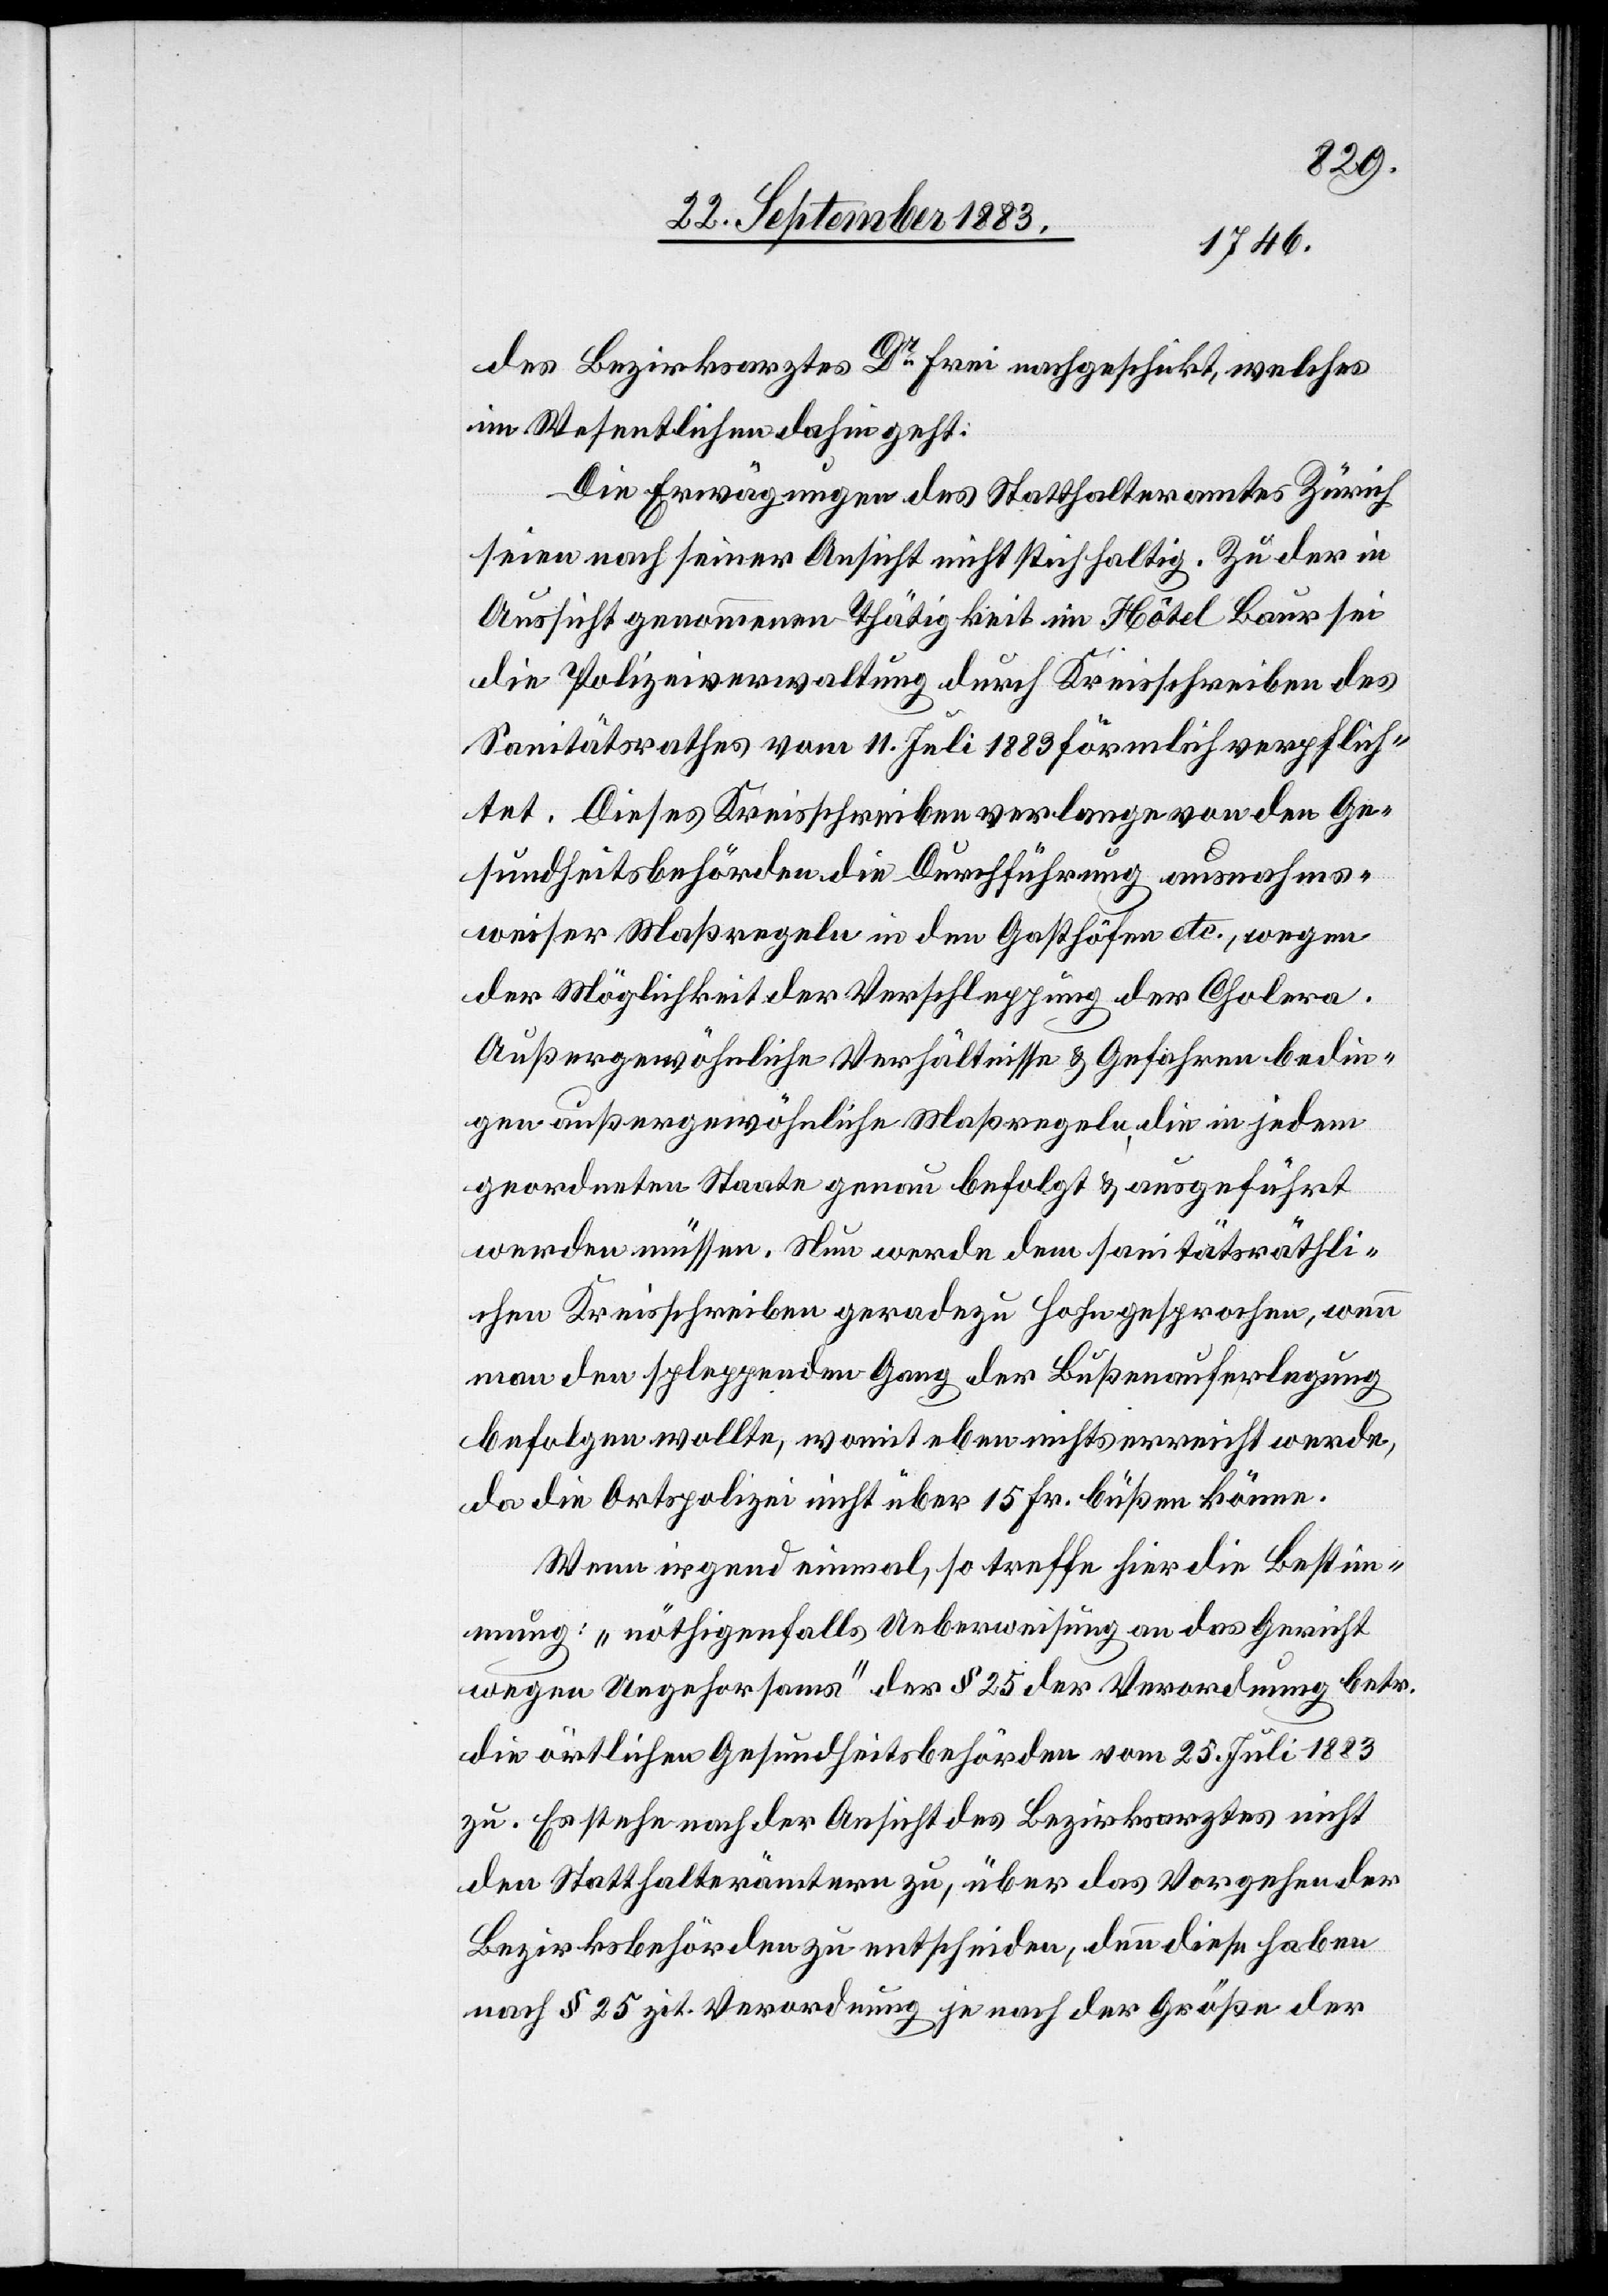
des Bezirksarztes Dr Frei nachgeschickt, welches
im Wesentlichen dahin geht:
Die Erwägungen des Statthalteramtes Zürich
seien nach seiner Ansicht nicht stichhaltig. Zu der in
Aussicht genommen Thätigkeit im Hôtel Baur sei
die Polizeiverwaltung durch Kreisschreiben des
Sanitätsrathes vom 11. Juli 1883 förmlich verpflich¬
tet. Dieses Kreisschreiben verlange von den Ge¬
sundheitsbehörden die Durchführung ausnahms¬
weiser Maßregeln in den Gasthöfen etc., wegen
der Möglichkeit der Verschleppung der Cholera.
Außergewöhnliche Verhältnisse & Gefahren bedin¬
gen außergewöhnliche Maßregeln die in jedem
geordneten Staate genau befolgt & ausgeführt
werden müssen. Nun werde dem sanitätsräthli¬
chen Kreisschreiben geradezu Hohn gesprochen, wenn
befolgen wolle, womit eben nichts erreicht werde,
da die Ortspolizei nicht über 15 Fr. büßen könne.
Wenn irgend einmal, so treffe hier die Bestim¬
mung: „nöthigenfalls Ueberweisung an das Gericht
wegen Ungehorsams“ des § 25 der Verordnung betr.
die örtlichen Gesundheitsbehörden vom 25. Juli 1883
zu. Es stehe nach der Ansicht des Bezirksarztes nicht
den Statthalterämtern zu, über das Vorgehen der
Bezirksbehörden zu entscheiden, denn diese haben
nach § 25 zit. Verordnung je nach der Größe der